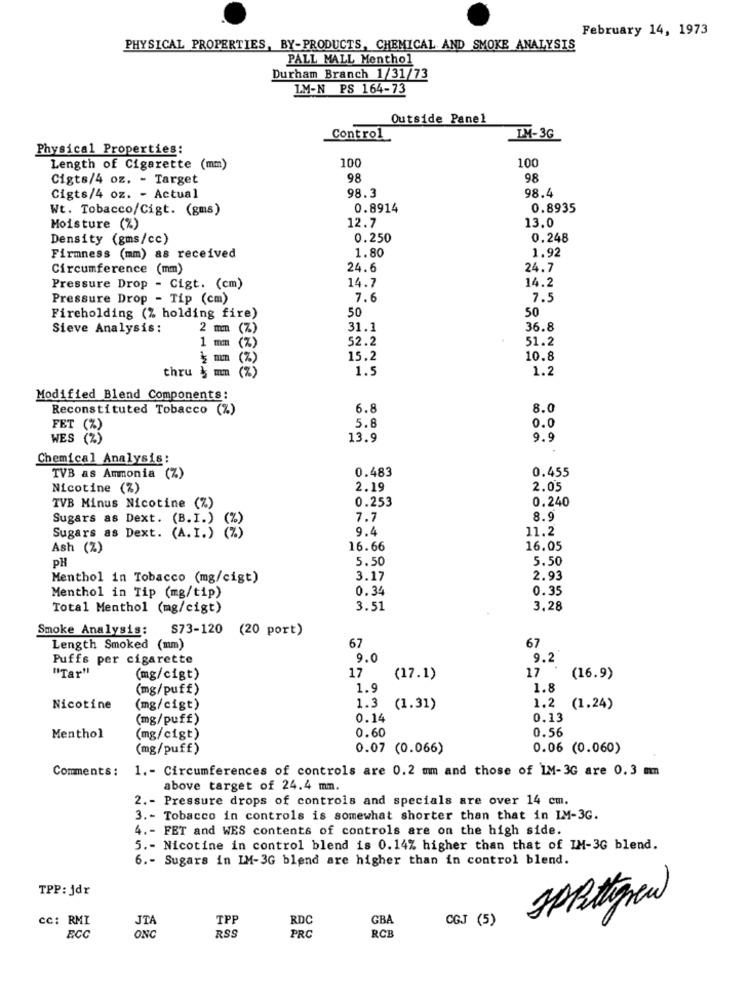
February 14, 1973
PHYSICAL PROPERTIES, BY-PRODUCTS, CHEMICAL AND SMOKE ANALYSIS
PALL MALL Menthol
Durham Branch 1/31/73
LM-N PS 164-73
Outside Panel
Control
LM-3G
Physical Properties:
100
100
Length of Cigarette (mm)
Cigts/4 oz. - Target
98
98
98.3
98.4
Cigts/4 oz. - Actual
Wt. Tobacco/Cigt. (gms)
0.8914
0.8935
12.7
13.0
Moisture (%)
Density (gms/cc)
0.250
0.248
1.92
Firmness (mm) as received
1.80
Circumference (mm)
24.6
24.7
14.7
14.2
Pressure Drop - Cigt. (cm)
Pressure Drop - Tip (cm)
7.6
7.5
50
Fireholding (% holding fire)
50
Sieve Analysis:
2 mm
(%)
31.1
36.8
52.2
51.2
1 mm (%)
(%)
15.2
10.8
( %)
1.5
1.2
thru mm
Modified Blend Components:
Reconstituted Tobacco (%)
6.8
8.0
5.8
0.0
FET (%)
WES (% )
13.9
9.9
Chemical Analysis:
0.483
0.455
TVB as Ammonia (Z)
Nicotine (%)
2.19
2.05
0.253
0.240
TVB Minus Nicotine (%)
Sugars as Dext. (B.I.)
7.7
8.9
9.4
11.2
Sugars as Dext. (A.I.)
Ash (Z)
16.66
16.05
PH
5.50
5.50
Menthol in Tobacco (mg/cigt)
3.17
2.93
0.34
0.35
Menthol in Tip (mg/tip)
Total Menthol (mg/cigt)
3.51
3.28
Smoke Analysis: $73-120 (20 port)
Length Smoked (mm)
67
67
Puffs per cigarette
9.0
9.2
"Tar"
(mg/cigt)
17
(17.1)
17
(16.9)
(mg/puff)
1.9
1.8
1.3
Nicotine
(mg/cigt)
(1.31)
1.2
(1.24)
(mg/puff)
0.14
0,13
0.60
0.56
Menthol
(mg/cigt)
(mg/puff)
0.07 (0.066)
0.06 (0.060)
Comments :
1. - Circumferences of controls are 0.2 mm and those of IM-3G are 0.3 mm
above target of 24.4 mm.
2 .- Pressure drops of controls and specials are over 14 cm.
3 .- Tobacco in controls is somewhat shorter than that in IM-3G.
4. - FET and WES contents of controls are on the high side.
5 .- Nicotine in control blend is 0.14% higher than that of IM-3G blend.
6 .- Sugars in IM-3G blend are higher than in control blend.
TPP: jdr
cc: RMI
JTA
TPP
RDC
GBA
CGJ (5)
ONC
RCE
ECC
RSS
PRC